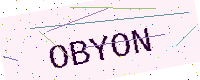
Text: OBYON